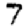
Digit: 7